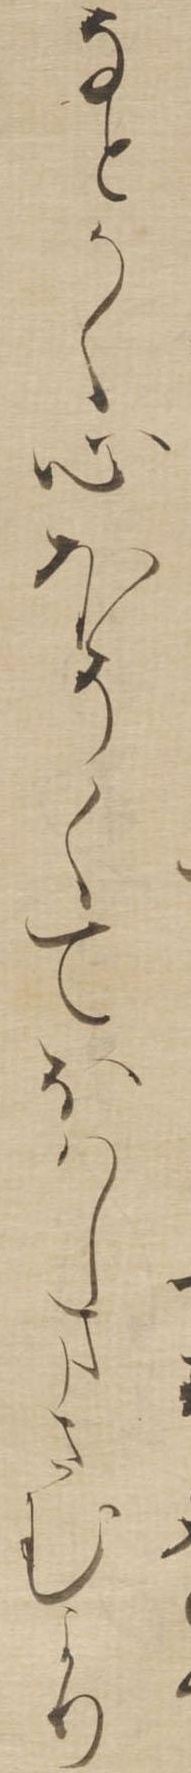
なとかく心ほそくておはしまさむより